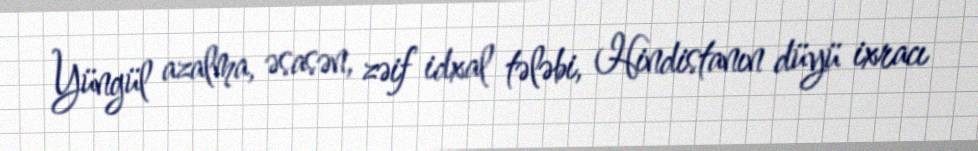
Yüngül azalma, əsasən, zəif idxal tələbi, Hindistanın düyü ixracı